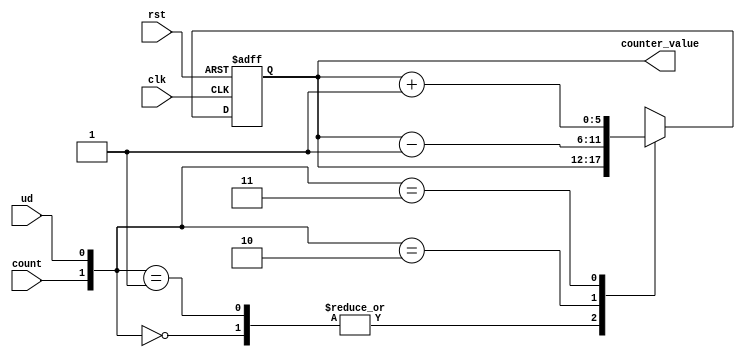
module RCB_FRL_COUNT_TO_64(clk, rst, count, ud, counter_value);

//This module counts up/down between 0 to 63

input clk, rst, count, ud;
output [5:0] counter_value;

wire [5:0] counter_value_preserver;
reg [5:0] counter_value/*synthesis syn_noprune = 1*/;

always@(posedge clk or posedge rst)
begin
if(rst == 1'b1)
 counter_value = 6'h00;
else
 begin
  case({count,ud})
   2'b00: counter_value = counter_value_preserver;
   2'b01: counter_value = counter_value_preserver;
   2'b10: counter_value = counter_value_preserver - 1;
   2'b11: counter_value = counter_value_preserver + 1;
   default: counter_value = 6'h00;
  endcase
 end
end

assign counter_value_preserver = counter_value;

endmodule